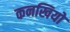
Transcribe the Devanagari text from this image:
कनखियों